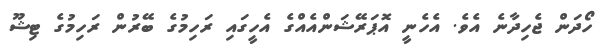
ހޯދަން ޖެހިދާނެ އެވެ. އެހެނީ އޮޕަރޭޝަންއެއްގެ އެހީގައި ރަހިމުގެ ބޭރުން ރަހިމުގެ ޓިޝޫ